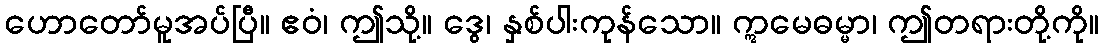
ဟောတော်မူအပ်ပြီ။ ဧဝံ၊ ဤသို့။ ဒွေ၊ နှစ်ပါးကုန်သော။ ဣမေဓမ္မာ၊ ဤတရားတို့ကို။